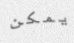
يمكن